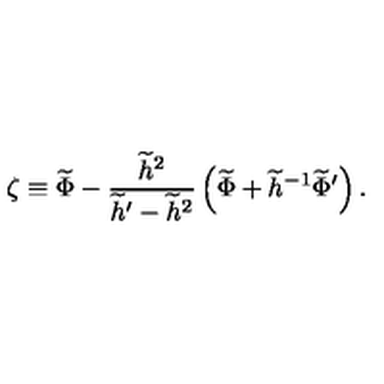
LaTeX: \zeta \equiv \widetilde { \Phi } - { \frac { \widetilde { h } ^ { 2 } } { \widetilde { h } ^ { \prime } - \widetilde { h } ^ { 2 } } } \left( \widetilde \Phi + \widetilde { h } ^ { - 1 } \widetilde { \Phi } ^ { \prime } \right) .